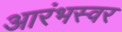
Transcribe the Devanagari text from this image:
आरंभस्वर